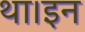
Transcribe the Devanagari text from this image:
था।इन